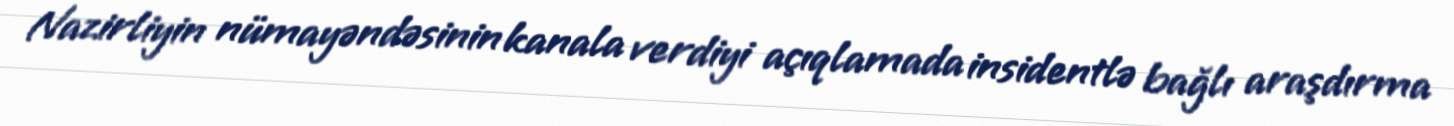
Nazirliyin nümayəndəsinin kanala verdiyi açıqlamada insidentlə bağlı araşdırma